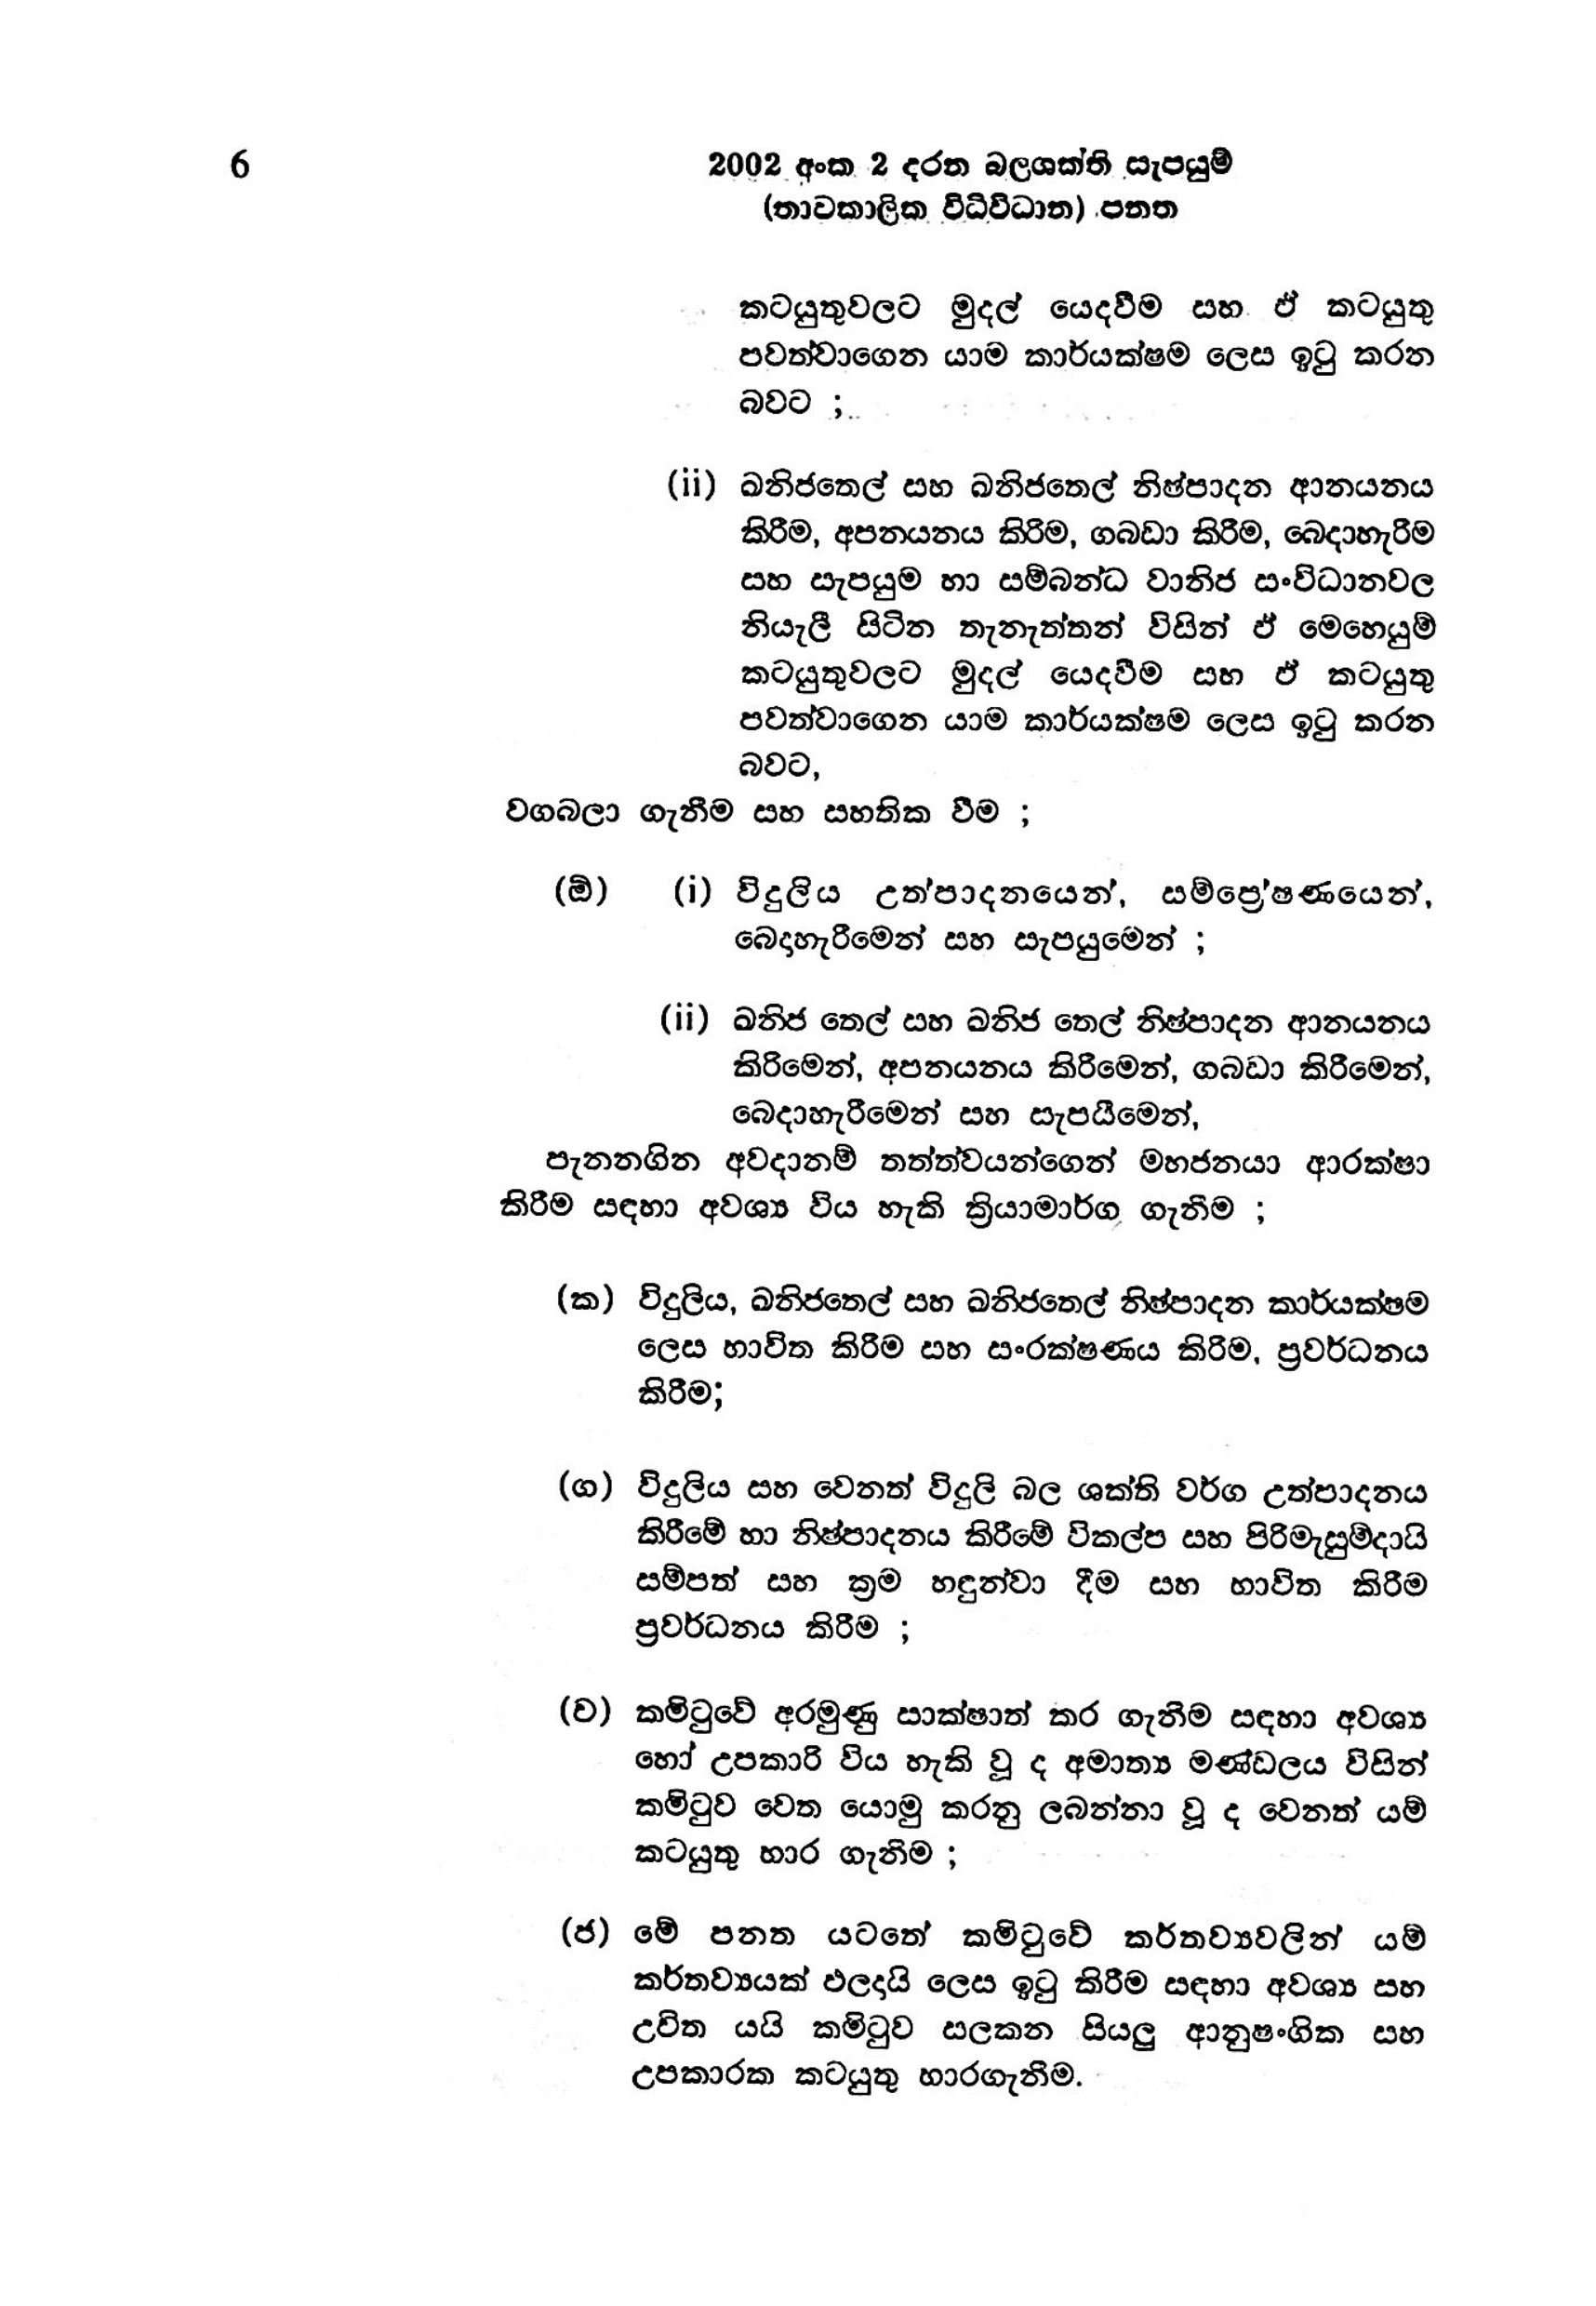
6 2002 අංක 2 දරන බලශක්ති සැපයුම්
(තාවකාලික විධිවිධාන) පනත

කටයුතුවලට මුදල් යෙදවීම සහ ඒ කටයුතු
පවත්වාගෙන යාම කාර්යක්ෂම ලෙස ඉටු කරන
බවට ;

(ii) ඛනිජතෙල් සහ ඛනිජ තෙල් නිෂ්පාදන ආනයනය
කිරීම, අපනයනය කිරිම, ගබඩා කිරීම, බෙදා හැරීම
සහ සැපයුම හා සම්බන්ධ වානිජ සංවිධානවල
නියැලී සිටින තැනැත්තන් විසින් ඒ මෙහෙයුම්
කටයුතුවලට මුදල් යෙදවීම සහ ඒ කටයුතු
පවත්වාගෙන යාම කාර්යක්ෂම ලෙස ඉටු කරන
බවට,
වගබලා ගැනීම සහ සහතික වීම ;

(ඕ) (i) විදුලිය උත්පාදනයෙන්, සම්ප්‍රේෂණයෙන්,
බෙදාහැරීමෙන් සහ සැපයුමෙන් ;

(ii) ඛනිජ තෙල් සහ ඛනිජ තෙල් නිෂ්පාදන ආනයනය
කිරිමෙන්, අපනයනය කිරීමෙන්, ගබඩා කිරීමෙන්,
බෙදාහැරීමෙන් සහ සැපයීමෙන්,
පැනනගින අවදානම් තත්ත්වයන්ගෙන් මහජනයා ආරක්ෂා
කිරීම සඳහා අවශ්‍ය විය හැකි ක්‍රියාමාර්ග ගැනීම ;

(ක) විදුලිය, ඛනිජතෙල් සහ ඛනිජතෙල් නිෂ්පාදන කාර්යක්ෂම
ලෙස භාවිත කිරීම සහ සංරක්ෂණය කිරීම, ප්‍රවර්ධනය
කිරීම;

(ග) විදුලිය සහ වෙනත් විදුලි බල ශක්ති වර්ග උත්පාදනය
කිරීමේ හා නිෂ්පාදනය කිරීමේ විකල්ප සහ පිරිමැසුම්දායි
සම්පත් සහ ක්‍රම හඳුන්වා දීම සහ භාවිත කිරීම
ප්‍රවර්ධනය කිරීම;

(ව) කමිටුවේ අරමුණු සාක්ෂාත් කර ගැනීම සඳහා අවශ්‍ය
හෝ උපකාරි විය හැකි වූ ද අමාත්‍ය මණ්ඩලය විසින්
කමිටුව වෙත යොමු කරනු ලබන්නා වූ ද වෙනත් යම්
කටයුතු භාර ගැනීම ;

(ජ) මේ පනත යටතේ කමිටුවේ කර්තව්‍යවලින් යම්
කර්තව්‍යයක් ඵලදායි ලෙස ඉටු කිරීම සඳහා අවශ්‍ය සහ
උචිත යයි කමිටුව සලකන සියලු ආනුෂංගික සහ
උපකාරක කටයුතු භාරගැනීම.